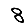
Digit: 8